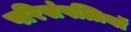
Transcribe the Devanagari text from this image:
परिसंपत्तियॉ